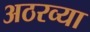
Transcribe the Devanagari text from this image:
अठरव्या